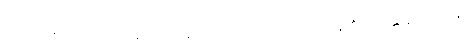
ဤသို့တစ်ပါးတည်း ကိန်းခြင်းသည်လည်း။ ဒိဿတိ၊ ထင်ပြန်၏။ ဘန္တေ နာဂသေန၊